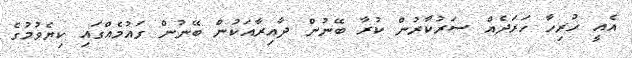
އެއީ ހުރިހާ ހަރަދެއް ސަރުކާރުން ކުރާ ބޭނުން ދާއިރާއަކުން ބޭނުން ގައުމެއްގައި ކިޔެވުމުގެ